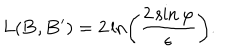
L ( { \bf B } , { \bf B ^ { \prime } } ) = 2 \ln \left( \frac { 2 \sin \varphi } { \epsilon } \right) .